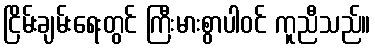
ငြိမ်းချမ်းရေးတွင် ကြီးမားစွာပါဝင် ကူညီသည်။